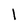
Character: 1